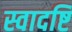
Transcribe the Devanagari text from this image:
स्वादष्टि